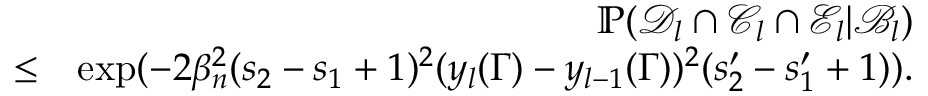
\begin{array} { r l r } & { } & { \mathbb { P } ( \mathcal { D } _ { l } \cap \mathcal { C } _ { l } \cap \mathcal { E } _ { l } | \mathcal { B } _ { l } ) } \\ & { \leq } & { \exp ( - 2 \beta _ { n } ^ { 2 } ( s _ { 2 } - s _ { 1 } + 1 ) ^ { 2 } ( y _ { l } ( \Gamma ) - y _ { l - 1 } ( \Gamma ) ) ^ { 2 } ( s _ { 2 } ^ { \prime } - s _ { 1 } ^ { \prime } + 1 ) ) . } \end{array}